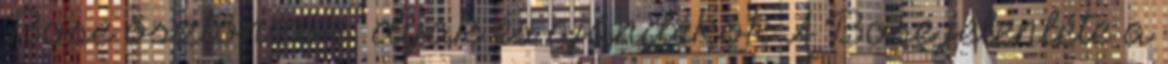
Bose ösztönzők, díjak és ajándékok A Bose jelenléte a